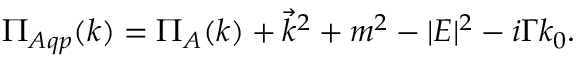
\Pi _ { A q p } ( k ) = \Pi _ { A } ( k ) + \vec { k } ^ { 2 } + m ^ { 2 } - | { \cal E } | ^ { 2 } - i \Gamma k _ { 0 } .